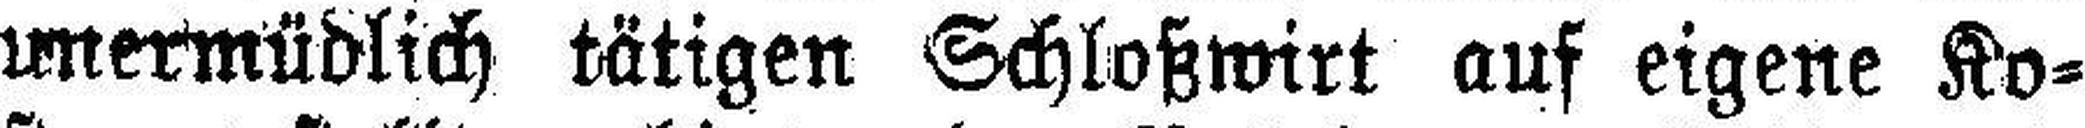
unermüdlich tätigen Schloßwirt auf eigene Ko¬